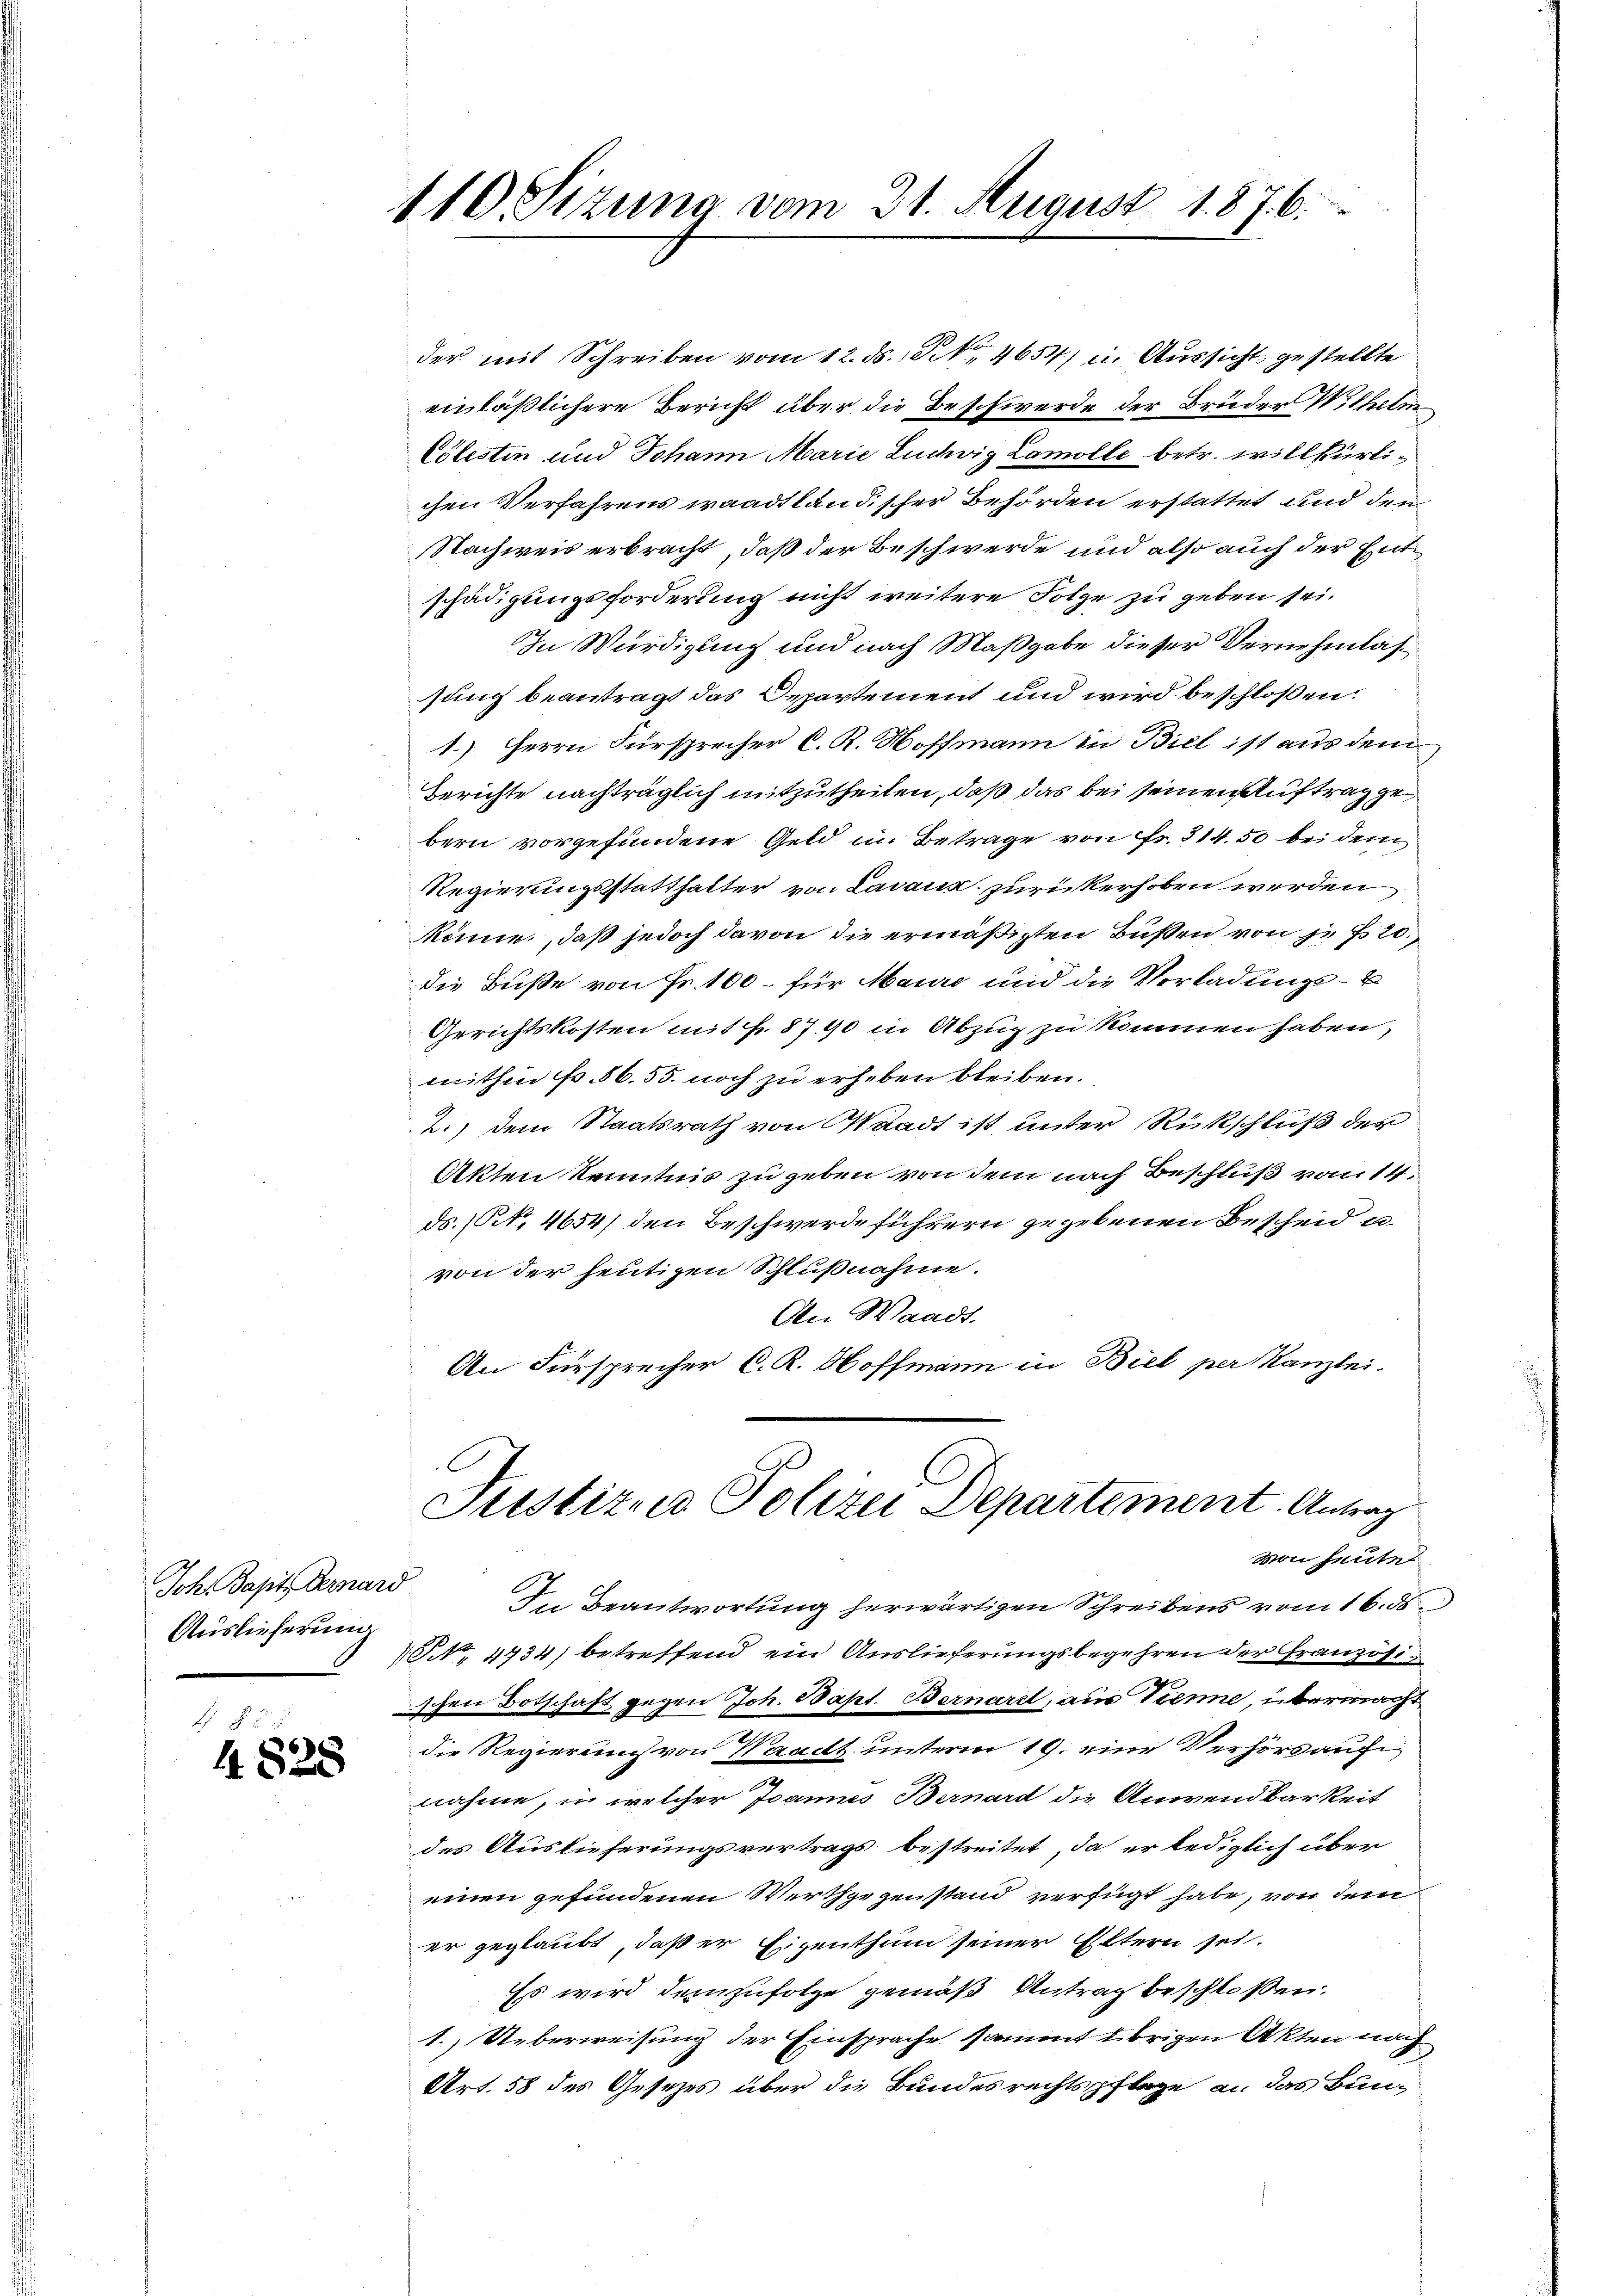
Joh. Bapt. Dernard
Auslieferung

Fr.
4828

110. Sizung vom 31. August 1876.

der mit Schreiben vom 12. ds. No 4654) u. Aussicht gestellte
einläßlichere Bericht über die Beschwerde der Brüder Wilhelm
Cölestin und Johann Marie Luchvig Lamolle betr. willkürlichen Verfahrens waadtländischer Behörden erstattet und den
Nachweis erbracht, daß der Beschwerde und also auch der Entschädigungsforderung nicht weitere Folge zu geben sei.
In Würdigung und nach Maßgabe dieser Vernehmlassung beantragt das Departement und wird beschloßen:
1.) Herrn Fürsprecher C. R. Hoffmann in Biel ist aus dem
Berichte nachträglich mitzutheilen, daß das bei seinen Auftrag gebern vorgefundene Geld im Betrage von Fr. 314. 50 bei dem
Regierungsstatthalter von Lavaux, zurückerhoben werden
könne, daß jedoch davon die ermäßigten Bußen von je f. 20.
die Buße von Fr. 100 – für Maure und die Vorladungs-
Gerichtskosten mit §. 87. 90 in Abzug zu kommen haben,
mithin fr. 86. 55. noch zu erheben bleiben.
2.) dem Staatsrath von Waadt ist, unter Rückschluß der
Akten Kenntnis zu geben von dem nach Beschluß vom 14.
ds. (Art. 4654) den Beschwerdeführern gegebenen Bescheid u.
von der heutigen Schlußnahme.
An Waadt.
An Fürsprecher C. R. Hoffmann in Biel per Kanzlei.

Justitus Polizei Departement. Antrag

von heute
In Beantwortung herwärtigen Schreibens vom 16. ds.
NNo. 4434) betreffend ein Auslieferungsbegehren der Französischen Botschaft gegen Joh. Bapt. Bernard, aus Trenne, übermachdie Regierung von Waadt unterm 19. eine Verhört auf
nahme, in welcher Ivannes Bernard die Anwendbarkeit
des Auslieferungsvertrags bestreitet, da er lediglich über
einen gefundenen Werthgegenstand verfügt habe, von dem
er geglaubt, daß er Eigenthum seiner Eltern sei.
Es wird demzufolge gemäß Antrag beschlossen:
1.) Ueberweisung der Einsprache sament übrigen Akten nach
Art. 58 des Gesetzes über die Bundesrechtspflege an das Bun¬